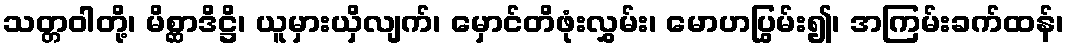
သတ္တဝါတို့၊ မိစ္ဆာဒိဋ္ဌိ၊ ယူမှားယှိလျက်၊ မှောင်တိဖုံးလွှမ်း၊ မောဟပြွမ်း၍၊ အကြမ်းခက်ထန်၊